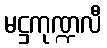
မဋ္ဌကုဏ္ဍလီ